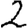
Digit: 2